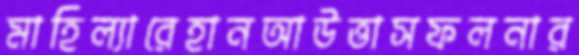
মাহিল্যারেহানআউত্তাসফলনার